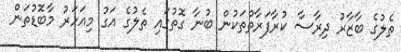
ތެލުގެ ބާޒާރު ދިރާސާ ކުރާފަރާތްތަކުން ބުނާ ގޮތުގައި ތެލުގެ އަގު މިއަހަރު މާބޮޑުތަން